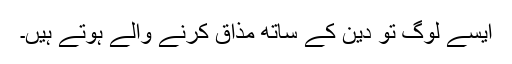
ایسے لوگ تو دین کے ساتھ مذاق کرنے والے ہوتے ہیں۔